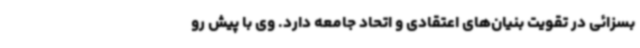
بسزائی در تقویت بنیان‌های اعتقادی و اتحاد جامعه دارد. وی با پیش رو